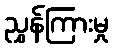
ညွှန်ကြားမှု